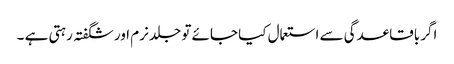
اگر باقاعدگی سے استعمال کیا جائے تو جلد نرم اور شگفتہ رہتی ہے ۔